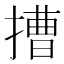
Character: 𢲵